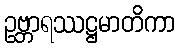
ဥဗ္ဘာရဿဋ္ဌမာတိကာ